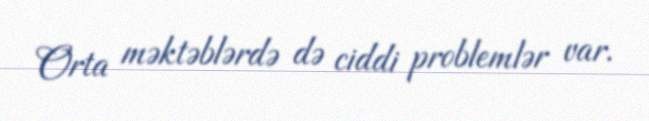
Orta məktəblərdə də ciddi problemlər var.